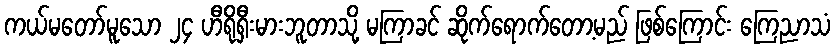
ကယ်မတော်မူသော ၂၄ ဟီရိုရှီးမားဘူတာသို့ မကြာခင် ဆိုက်ရောက်တော့မည် ဖြစ်ကြောင်း ကြေညာသံ